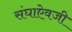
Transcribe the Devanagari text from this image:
संघाऐवजी